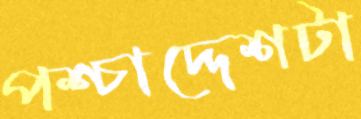
পশ্চাদ্দেশটা